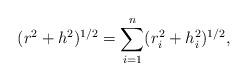
LaTeX: \begin{align*}(r^2+h^2)^{1/2}=\sum \limits_{i=1}^{n}(r^2_i+h^2_i)^{1/2},\end{align*}